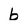
Character: b